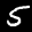
Label: 5